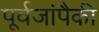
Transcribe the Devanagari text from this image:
पूर्वजांपैकी